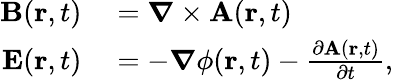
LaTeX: \begin{array}{rl}{\mathbf{B}(\mathbf{r},t)}&{{}={\boldsymbol{\nabla}}\times\mathbf{A}(\mathbf{r},t)}\\ {\mathbf{E}(\mathbf{r},t)}&{{}=-{\boldsymbol{\nabla}}\phi(\mathbf{r},t)-{\frac{\partial\mathbf{A}(\mathbf{r},t)}{\partial t}},}\end{array}